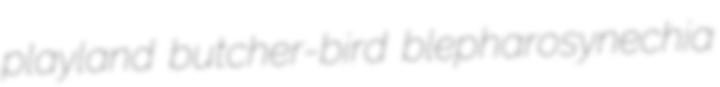
playland butcher-bird blepharosynechia